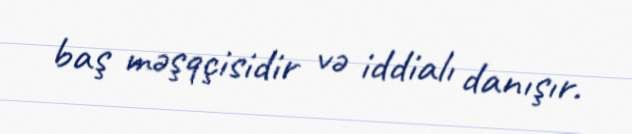
baş məşqçisidir və iddialı danışır.